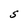
Character: S